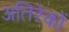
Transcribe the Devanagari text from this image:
अतिरेकों